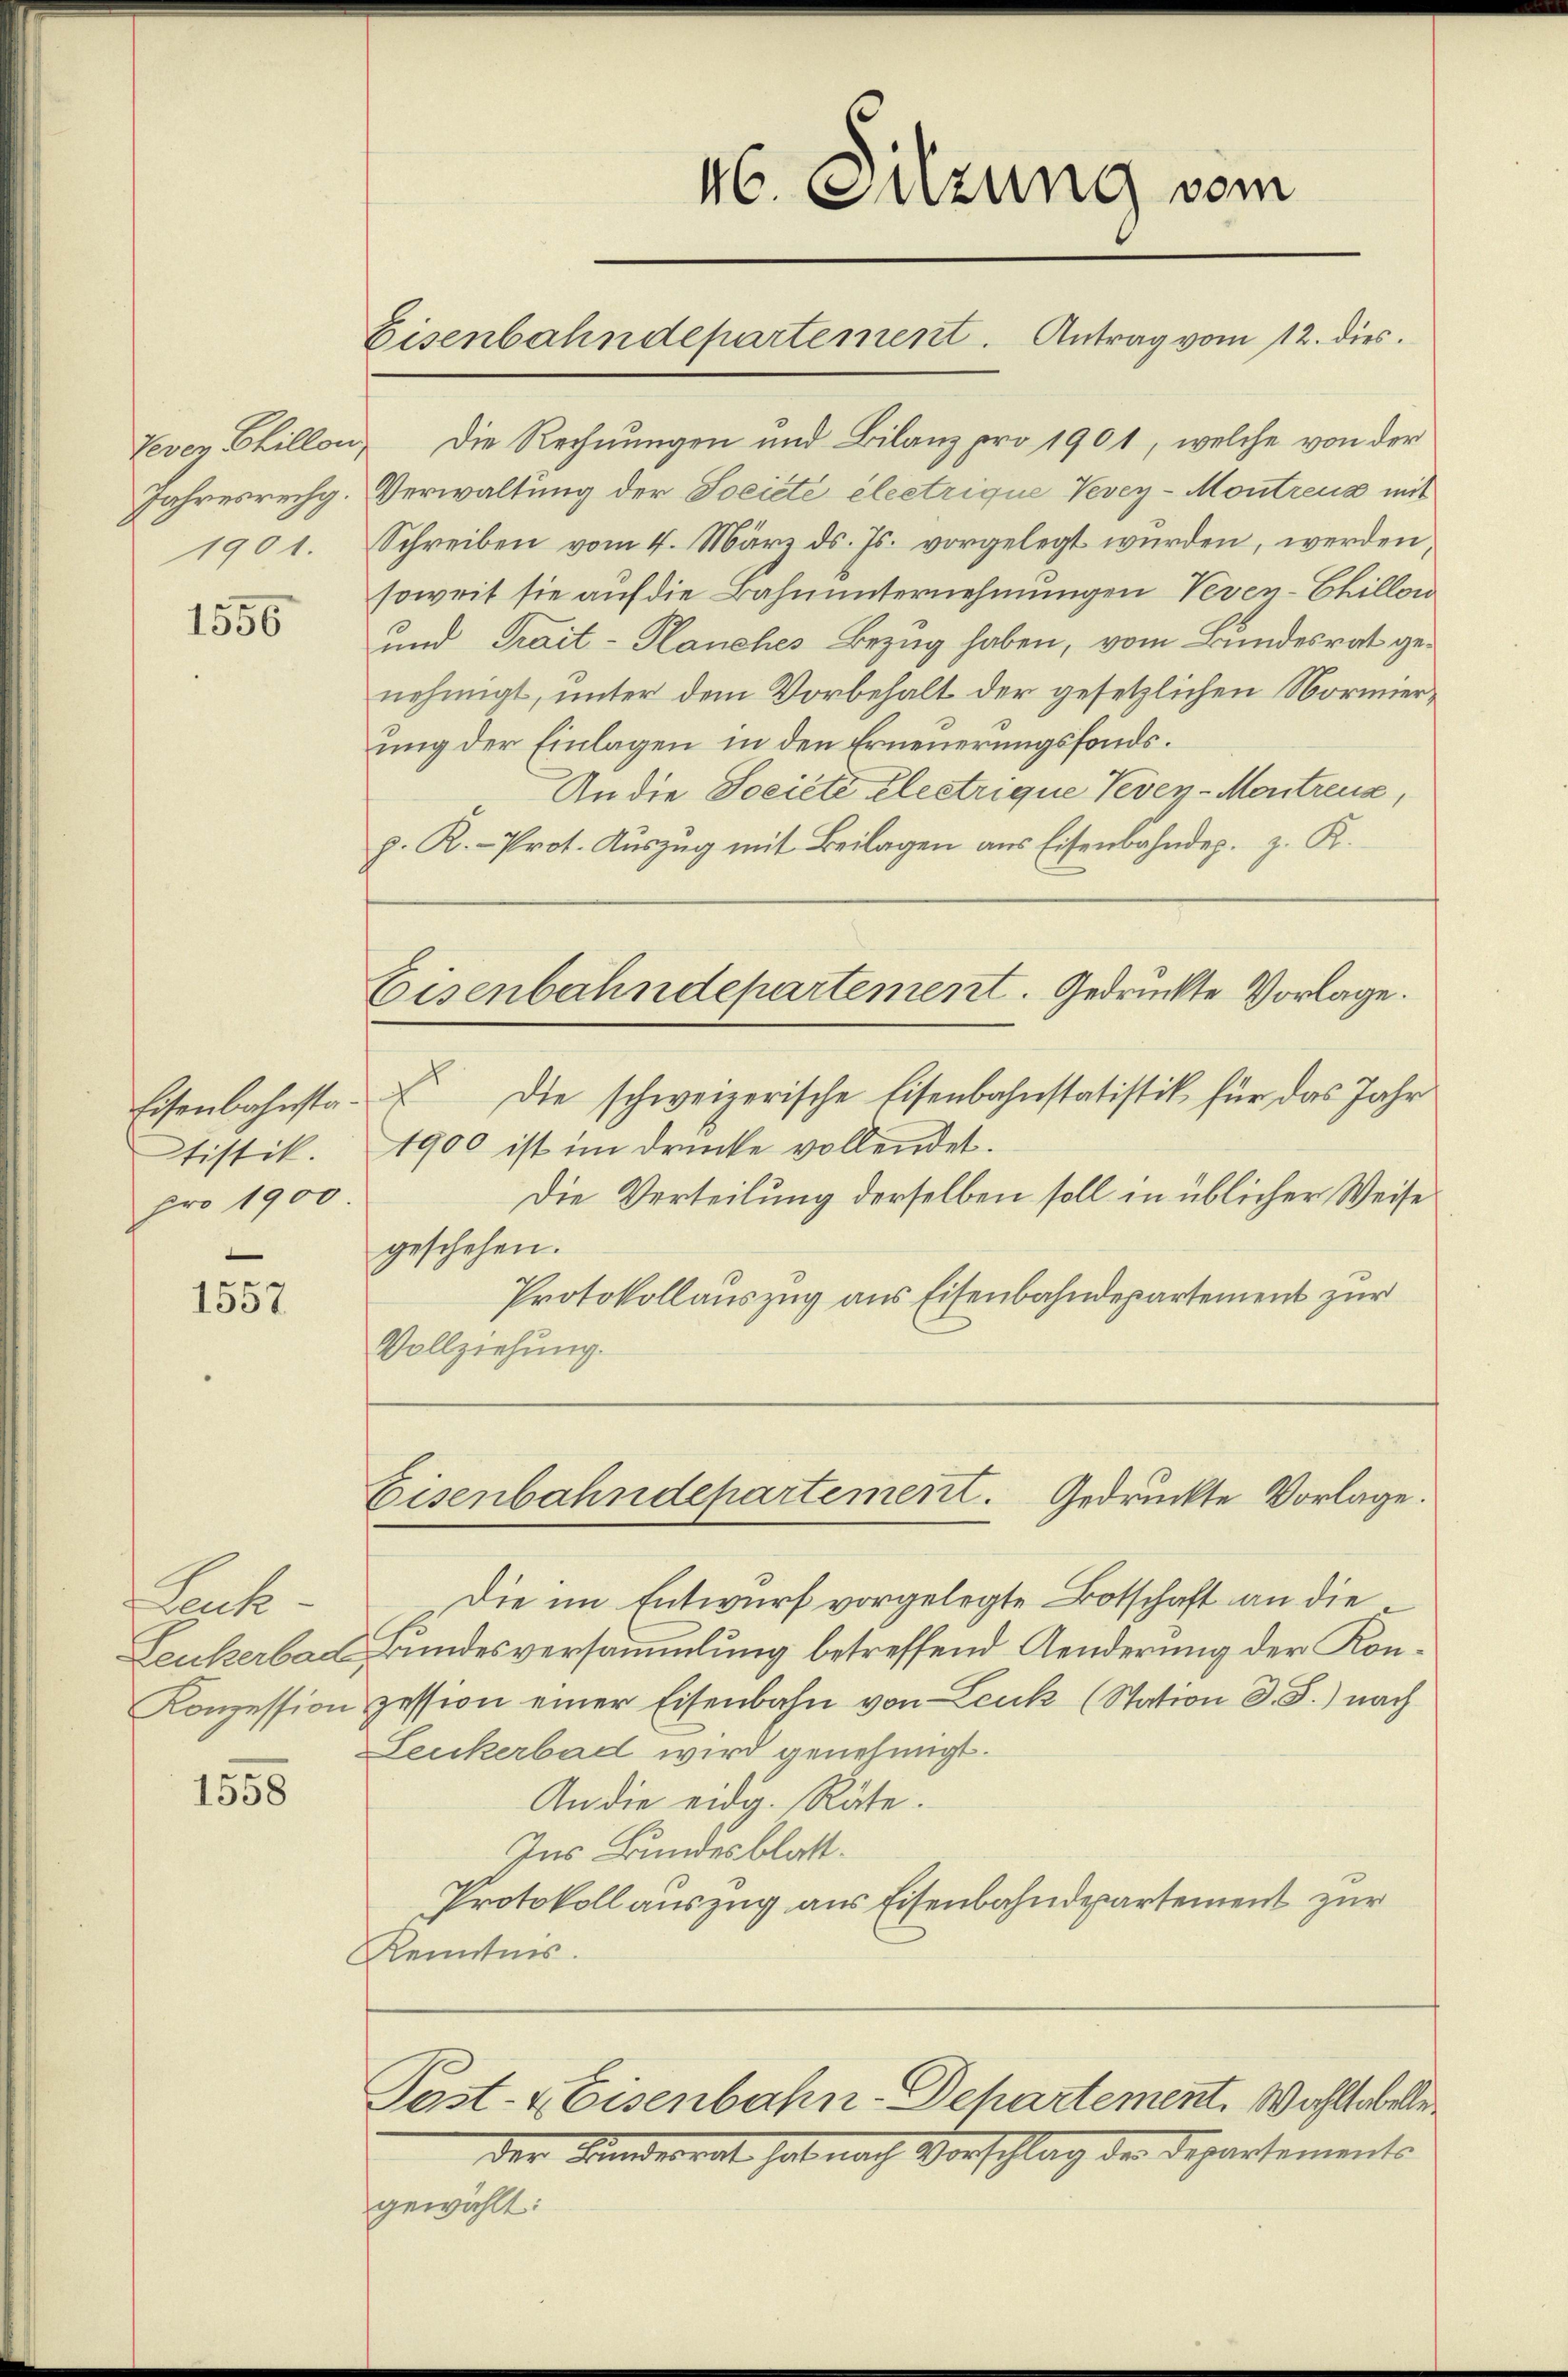
Vevey Chillon,
Jahresrechg.
1901.

1556

Eisenbahnstatistik.
pro 1900

1557

Leck

1558

Die Rechnungen und Bilanz pro 1901, welche von der
Verwaltung der Societe electrique Vevey-Montreuz mit
Schreiben vom 4. März ds. Js. vorgelegt wurden, werden
soweit sie auf die Bahnunternehmungen Veven-Chillon
und Trait-Planches Bezug haben, vom Bundesrat genehmigt, unter dem Vorbehalt der gesetzlichen Normierung der Einlagen in den Erneuerungsfonds.
An die Societe Electrique Vevey-Montreux,
p. K. Prot. Aŭszŭg mit Beilagen aus Eisenbahndep. z. K.
Eisenbahndepartement. Gedruckte Vorlage.
E. Die schweizerische Eisenbahnstatistik für das Jahr
1900 ist im drücke vollendet.
Die Verteilung derselben soll in üblicher Weise
geschehen.
Protokollauszug aus Eisenbahndepartement zur
Vollziehung.

Die im Entwurf vorgelegte Botschaft an die¬
Leukerbach Bundesversammlung betreffend Aenderung der Kon¬
Konzession zession einer Eisenbahn von Leuk (Station d. J.) nach
Leukerbad wird genehmigt.
An die eidg. Räte.
Ins Bundesblatt.
Protokoll auszug aus Eisenbahndepartement zur
Kenntnis.

46. Sitzung vom
Eisenbahndepartement. Antrag vom 12. dies

Der Kindesrat hab nach Vorschlag der Departements
gewählt:

Eisenbahndepartement. Gedruckte Vorlage.

Post- & Eisenbahn-Departement. Wohltabelle